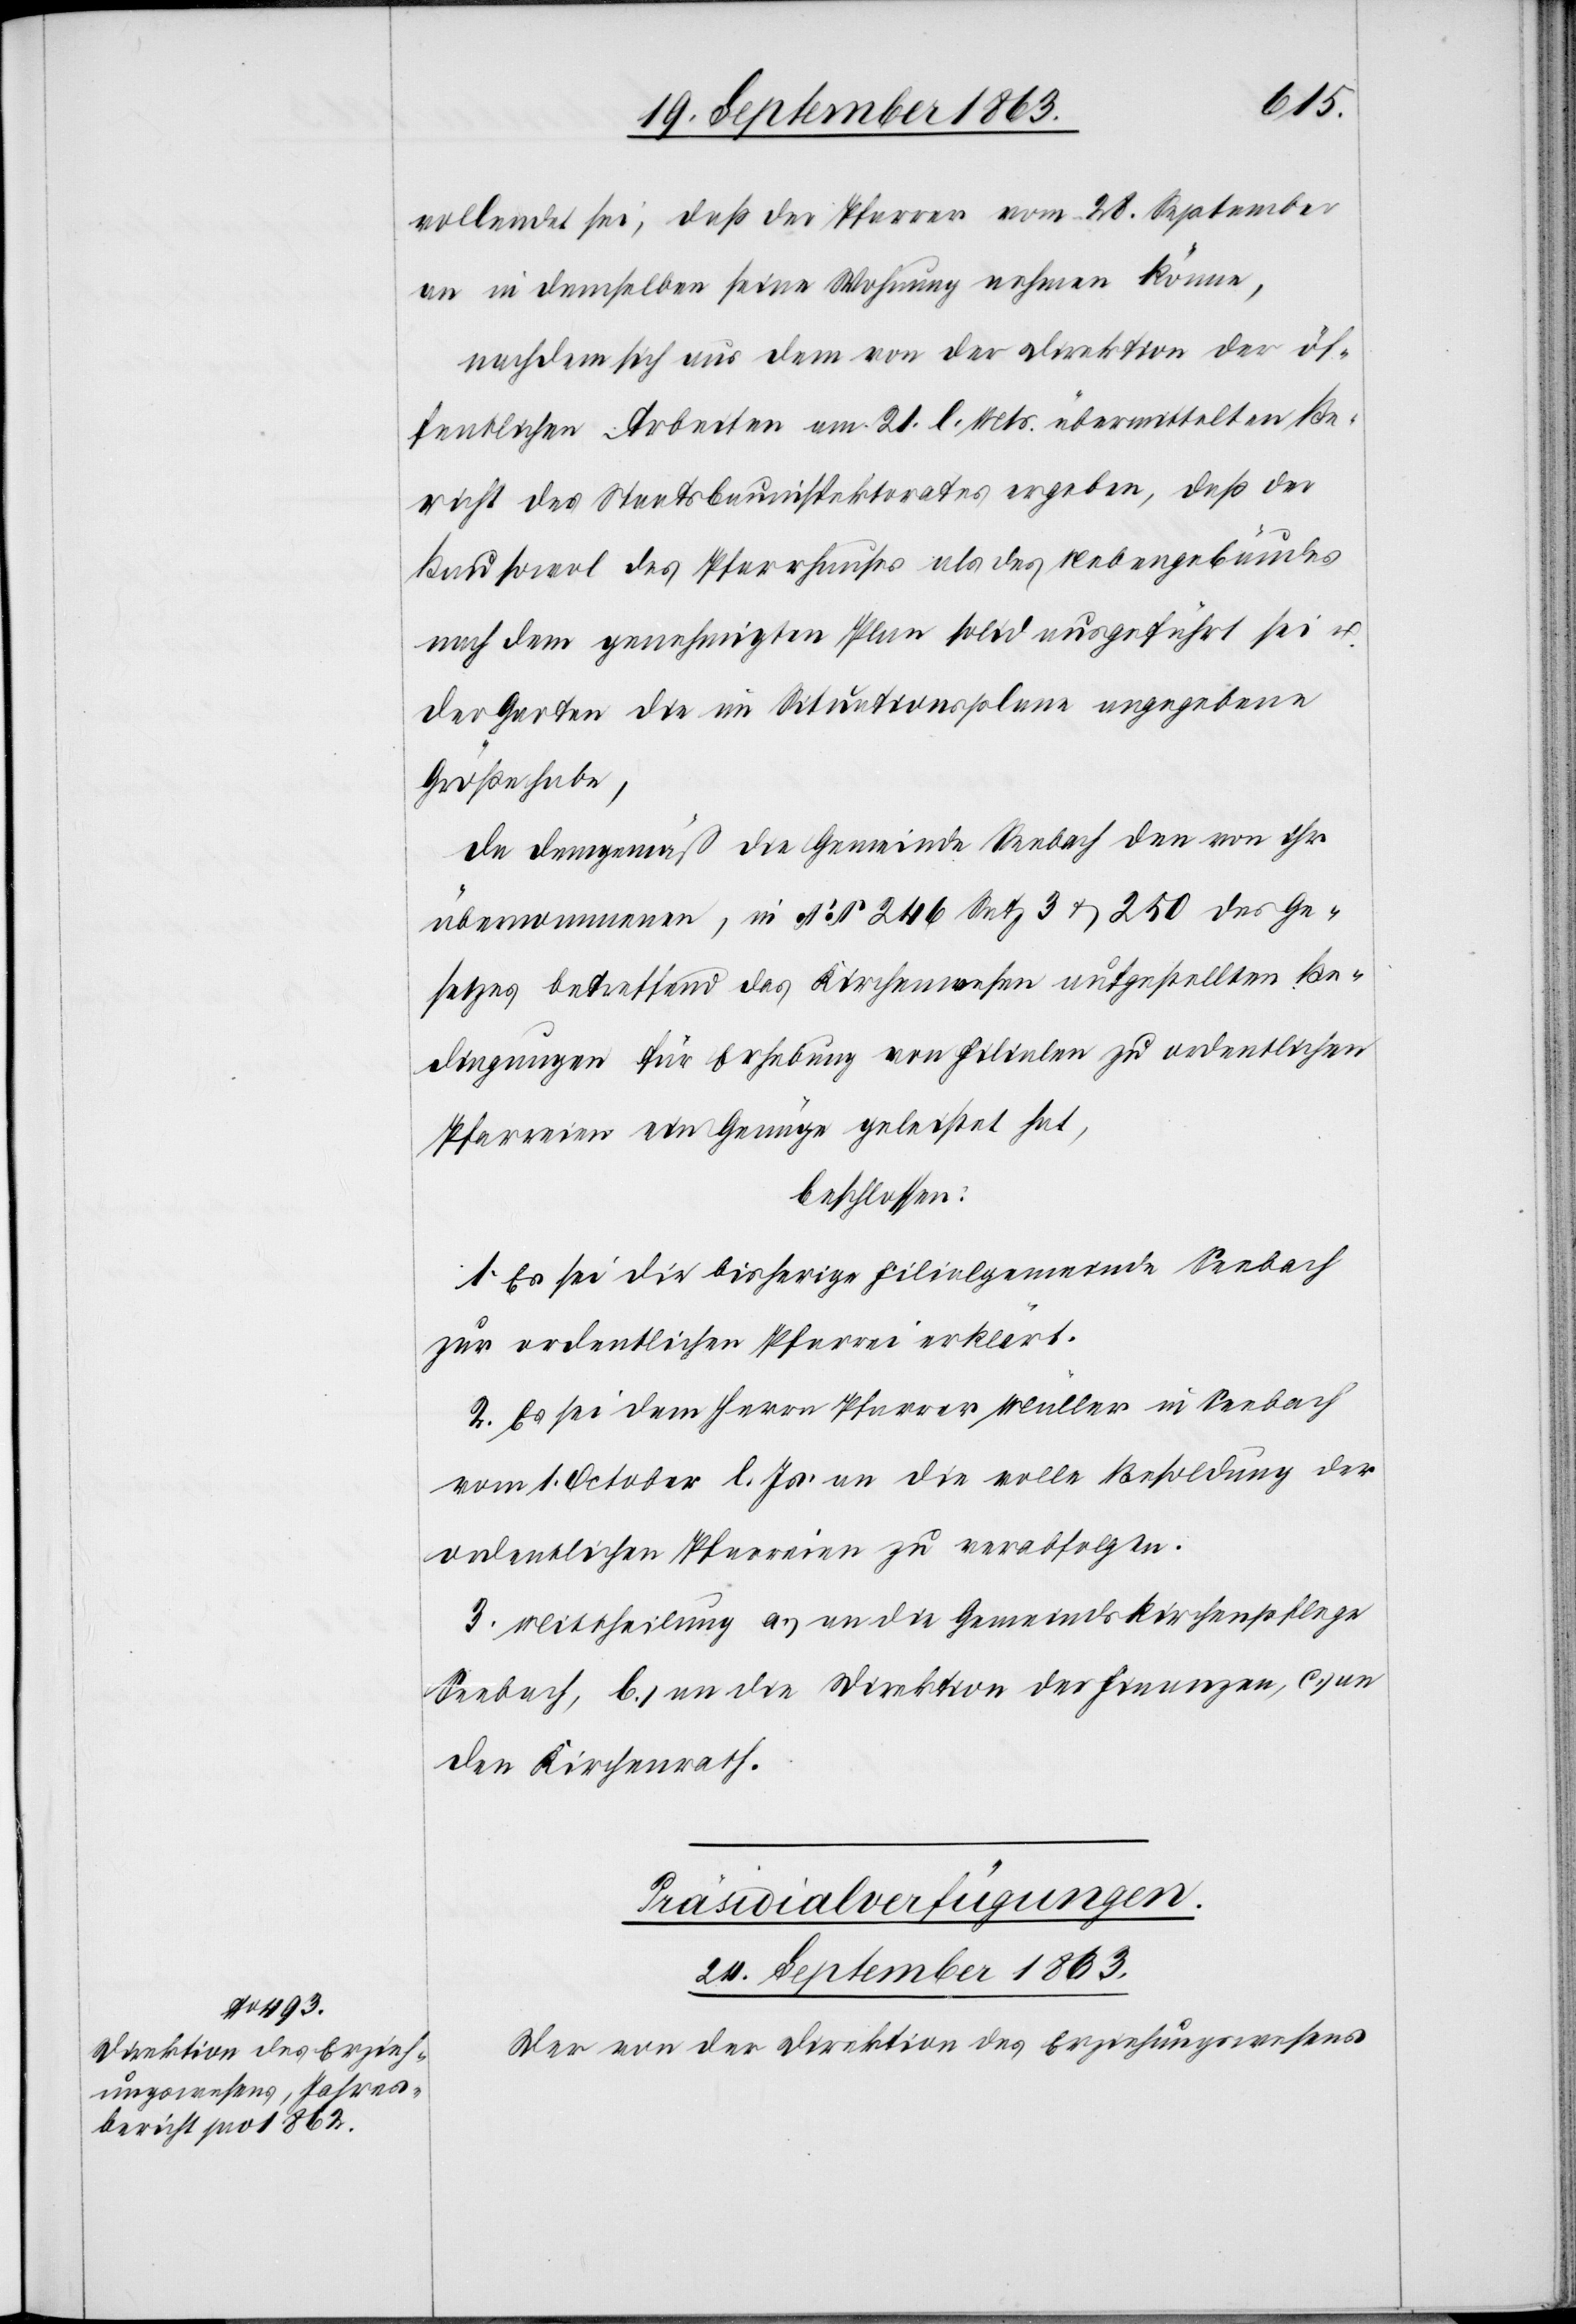
vollendet sei, daß der Pfarrer vom 28. September
an in demselben seine Wohnung nehmen könne,
nachdem sich aus dem von der Direktion der öf¬
fentlichen Arbeiten am 21. l. Mts. übermittelten Be¬
richt des Staatsbauinspektorates ergeben, daß der
Bau sowol des Pfarrhauses als des Nebengebäudes
nach dem genehmigten Plan solid ausgeführt sei u.
der Garten die im Situationsplane angegebene
Größe habe,
da demgemäß die Gemeinde Seebach den von ihr
übernommenen, in §§ 246 Satz 3 & 250 des Ge¬
setzes betreffend das Kirchenwesen aufgestellten Be¬
dingungen für Erhebung von Filialen zu ordentlichen
Pfarreien ein Genüge geleistet hat,
beschlossen:
1. Es sei die bisherige Filialgemeinde Seebach
zur ordentlichen Pfarrei erklärt.
2. Es sei dem Herrn Pfarrer Müller in Seebach
vom 1. October l. Js. an die volle Besoldung der
ordentlichen Pfarreien zu verabfolgen.
3. Mittheilung a.) an die Gemeindskirchenpflege
Seebach, b.) an die Direktion der Finanzen, c.) an
den Kirchenrath.
Präsidialverfügungen.
24. September 1863.
Der von der Direktion des Erziehungswesens